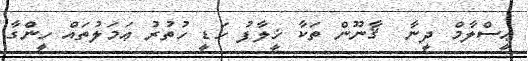
ޢީސްލާމް ދީނާ  ޤާނޫން ތަކާ ޚީލާފު ހަޑީ ހުތުރު ޢަމަލުތައް ހީންގާ